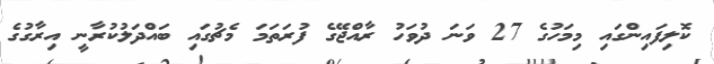
ކޮލިފައިންގައި މިމަހުގެ 27 ވަނަ ދުވަހު ރާއްޖޭގެ ފުރަތަމަ މެޗުގައި ބައްދަލުކުރާނީ އިރާގުގެ